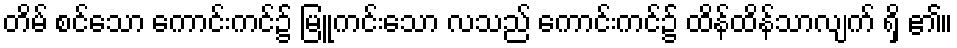
တိမ် စင်သော ကောင်းကင်၌ မြူကင်းသော လသည် ကောင်းကင်၌ ထိန်ထိန်သာလျက် ရှိ ၏။